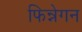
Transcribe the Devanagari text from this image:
फिन्नेगन